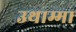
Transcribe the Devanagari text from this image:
उथाम्मा